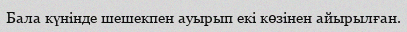
Бала күнінде шешекпен ауырып екі көзінен айырылған.